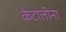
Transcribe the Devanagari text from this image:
केटालीना